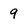
Character: 9